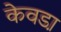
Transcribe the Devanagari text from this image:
केवडा़